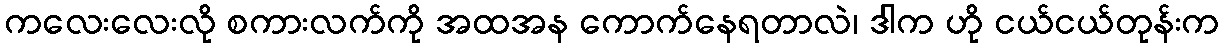
ကလေးလေးလို စကားလက်ကို အထအန ကောက်နေရတာလဲ၊ ဒါက ဟို ငယ်ငယ်တုန်းက